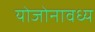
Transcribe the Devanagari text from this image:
योजोनावध्य